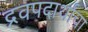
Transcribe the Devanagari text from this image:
द्रवपदार्थांचा